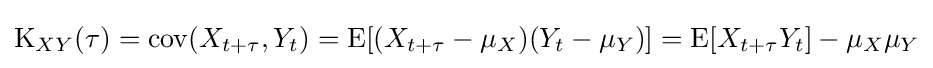
\operatorname {K} _{XY}(\tau )=\operatorname {cov} (X_{t+\tau },Y_{t})=\operatorname {E} [(X_{t+\tau }-\mu _{X})(Y_{t}-\mu _{Y})]=\operatorname {E} [X_{t+\tau }Y_{t}]-\mu _{X}\mu _{Y}